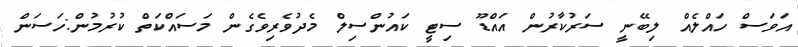
އަވަސް ހައްލެއް ލިބޭނީ ސަރުކާރުން އައްޑޫ ސިޓީ ކައުންސިލް މެދުވެރިވެގެން މަސައްކަތް ކުރުމުން:ހަސަން